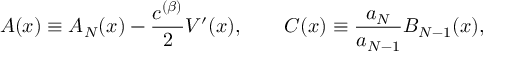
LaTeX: A ( x ) \equiv A _ { N } ( x ) - \frac { c ^ { ( \beta ) } } { 2 } V ^ { \prime } ( x ) , \qquad C ( x ) \equiv \frac { a _ { N } } { a _ { N - 1 } } B _ { N - 1 } ( x ) ,